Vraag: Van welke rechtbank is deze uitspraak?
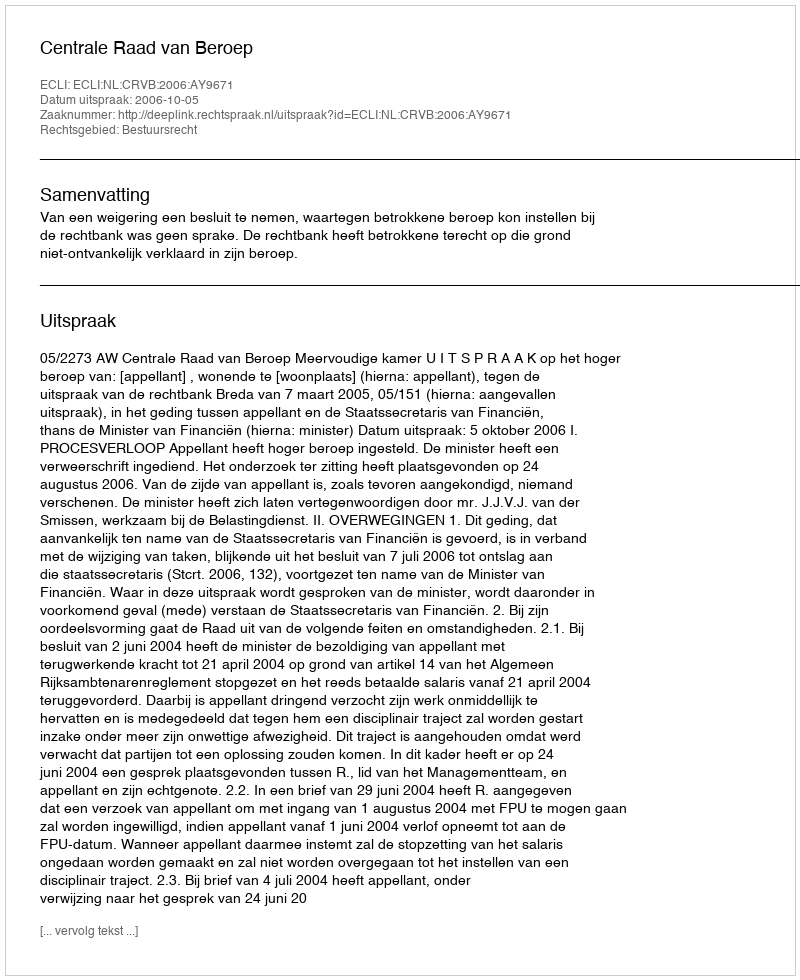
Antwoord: Centrale Raad van Beroep